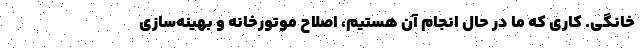
خانگی. کاری که ما در حال انجام آن هستیم، اصلاح موتورخانه و بهینه‌سازی